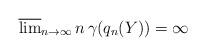
LaTeX: \begin{align*}\overline{\lim}_{n\rightarrow\infty}\,n\,\gamma(q_{n}(Y))=\infty\end{align*}